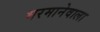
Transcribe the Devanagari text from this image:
भरमानेवाला